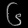
Digit: ၆